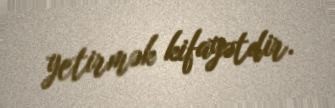
yetirmək kifayətdir.